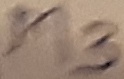
Text: M3